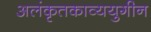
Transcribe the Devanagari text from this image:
अलंकृतकाव्ययुगीन